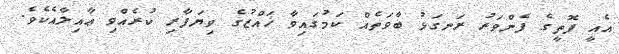
އެއީ ފޮތީގެ ފެންވަރު ރަނގަޅު ބާވަތެއް ކަމުގައިވާ ޚައްޒުގެ ވިޔަފާރި ކުރެއްވި ޢާއިލާއެކެވެ.